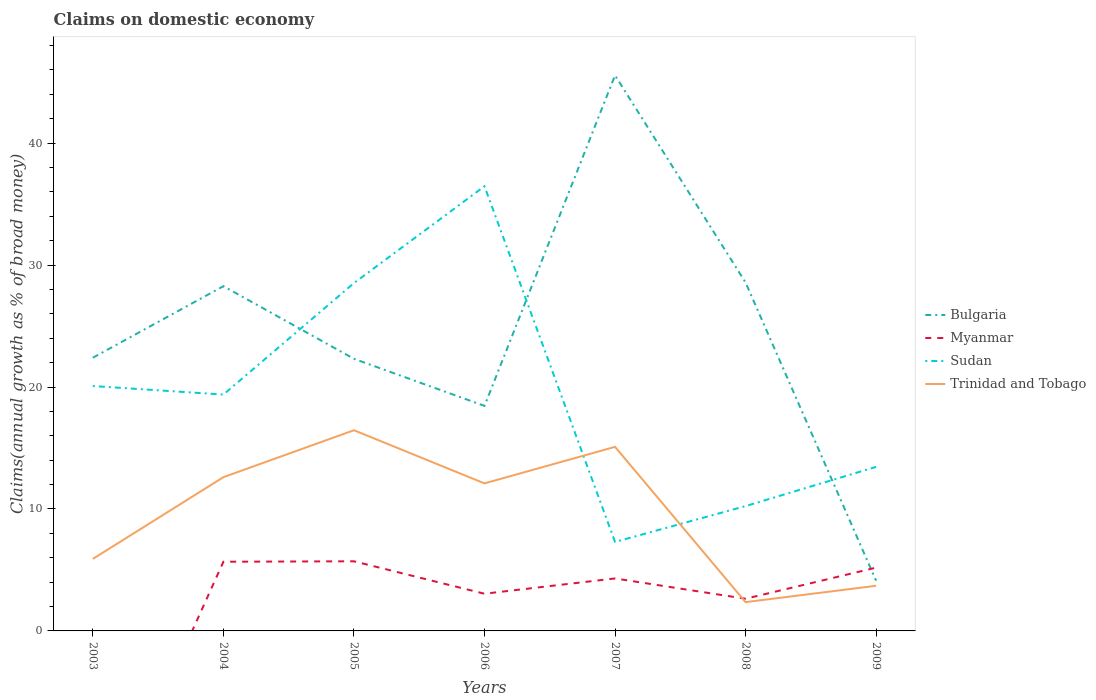
| Years | Bulgaria | Myanmar | Sudan | Trinidad and Tobago |
 | --- | --- | --- | --- | --- |
 | 2003 | 22.4 | -18 | 20.1 | 5.91 |
 | 2004 | 28.3 | 5.67 | 19.4 | 12.6 |
 | 2005 | 22.3 | 5.71 | 28.5 | 16.5 |
 | 2006 | 18.5 | 3.05 | 36.5 | 12.1 |
 | 2007 | 45.6 | 4.3 | 7.3 | 15.1 |
 | 2008 | 28.6 | 2.64 | 10.2 | 2.36 |
 | 2009 | 4.12 | 5.19 | 13.5 | 3.7 |